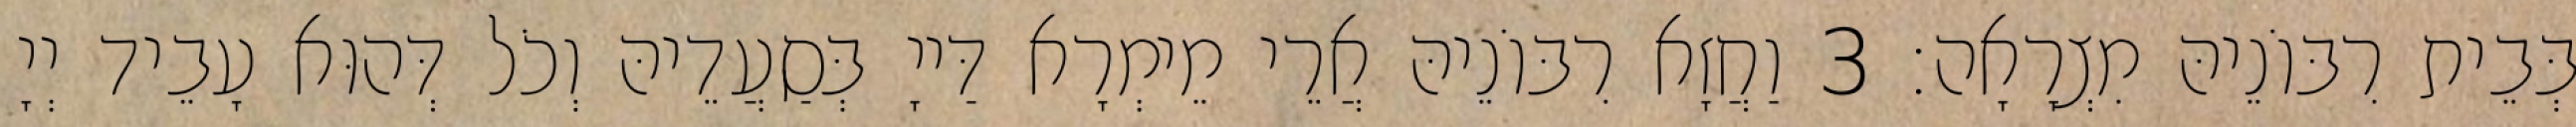
בְּבֵית רִבּוֹנֵיהּ מִצְרָאָה׃ 3 וַחֲזָא רִבּוֹנֵיהּ אֲרֵי מֵימְרָא דַּייָ בְּסַעֲדֵיהּ וְכֹל דְּהוּא עָבֵיד יְיָ